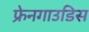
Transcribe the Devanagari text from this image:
फ्रेनगाउडिस